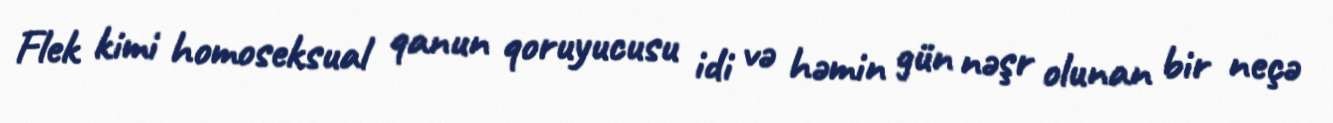
Flek kimi homoseksual qanun qoruyucusu idi və həmin gün nəşr olunan bir neçə